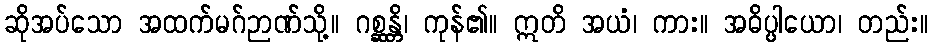
ဆိုအပ်သော အထက်မဂ်ဉာဏ်သို့။ ဂစ္ဆန္တိ၊ ကုန်၏။ ဣတိ အယံ၊ ကား။ အဓိပ္ပါယော၊ တည်း။